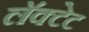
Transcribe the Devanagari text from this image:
लॅक्टेट